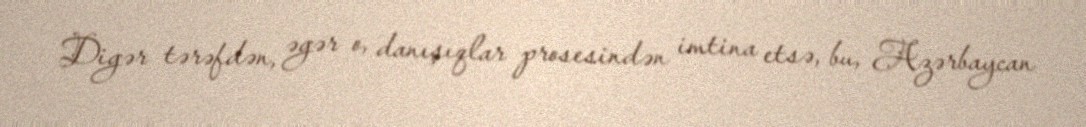
Digər tərəfdən, əgər o, danışıqlar prosesindən imtina etsə, bu, Azərbaycan